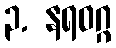
၃. နရဝဂ္ဂ